画像に写った文字を読んでください
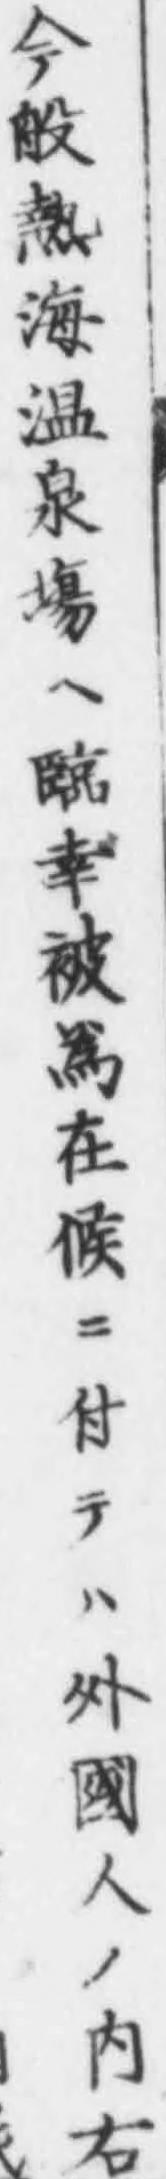
「今般熱海温泉塲ヘ臨幸被爲在候ニ付テハ外國人ノ内右」と書いてあります